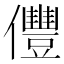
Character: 㒥